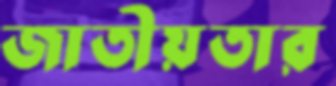
জাতীয়তার